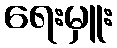
ရေးမှူး